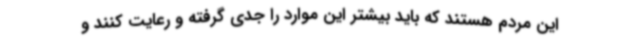
این مردم هستند که باید بیشتر این موارد را جدی گرفته و رعایت کنند و